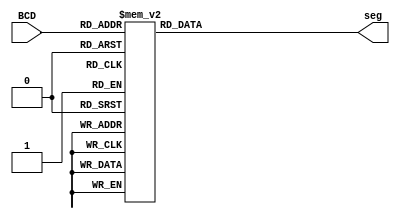
module BCD_to_7seg (
    input [3:0] BCD,
    output reg [6:0] seg
);
    always @(*) begin
        case(BCD)
            4'b0000: seg = 7'b1000000; // 0
            4'b0001: seg = 7'b1111001; // 1
            4'b0010: seg = 7'b0100100; // 2
            4'b0011: seg = 7'b0110000; // 3
            4'b0100: seg = 7'b0011001; // 4
            4'b0101: seg = 7'b0010010; // 5
            4'b0110: seg = 7'b0000011; // 6
            4'b0111: seg = 7'b1111000; // 7
            4'b1000: seg = 7'b0000000; // 8
            4'b1001: seg = 7'b0010000; // 9
            default: seg = 7'b1111111; // Hatal giri iin
				endcase
    end
endmodule